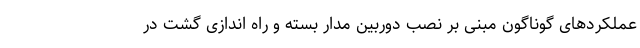
عملکردهای گوناگون مبنی بر نصب دوربین مدار بسته و راه اندازی گشت در